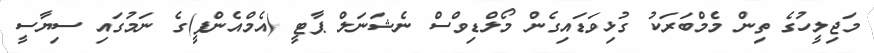
މަޖިލީހުގެ ތިން މެމްބަރަކު ގުޅިވަޑައިގެން މޯލްޑިވްސް ނެޝަނަލް ޕާޓީ (އެމްއެންޕީ)ގެ ނަމުގައި ސިޔާސީ